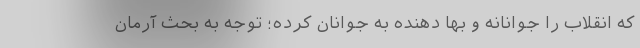
که انقلاب را جوانانه و بها دهنده به جوانان کرده؛ توجه به بحث آرمان